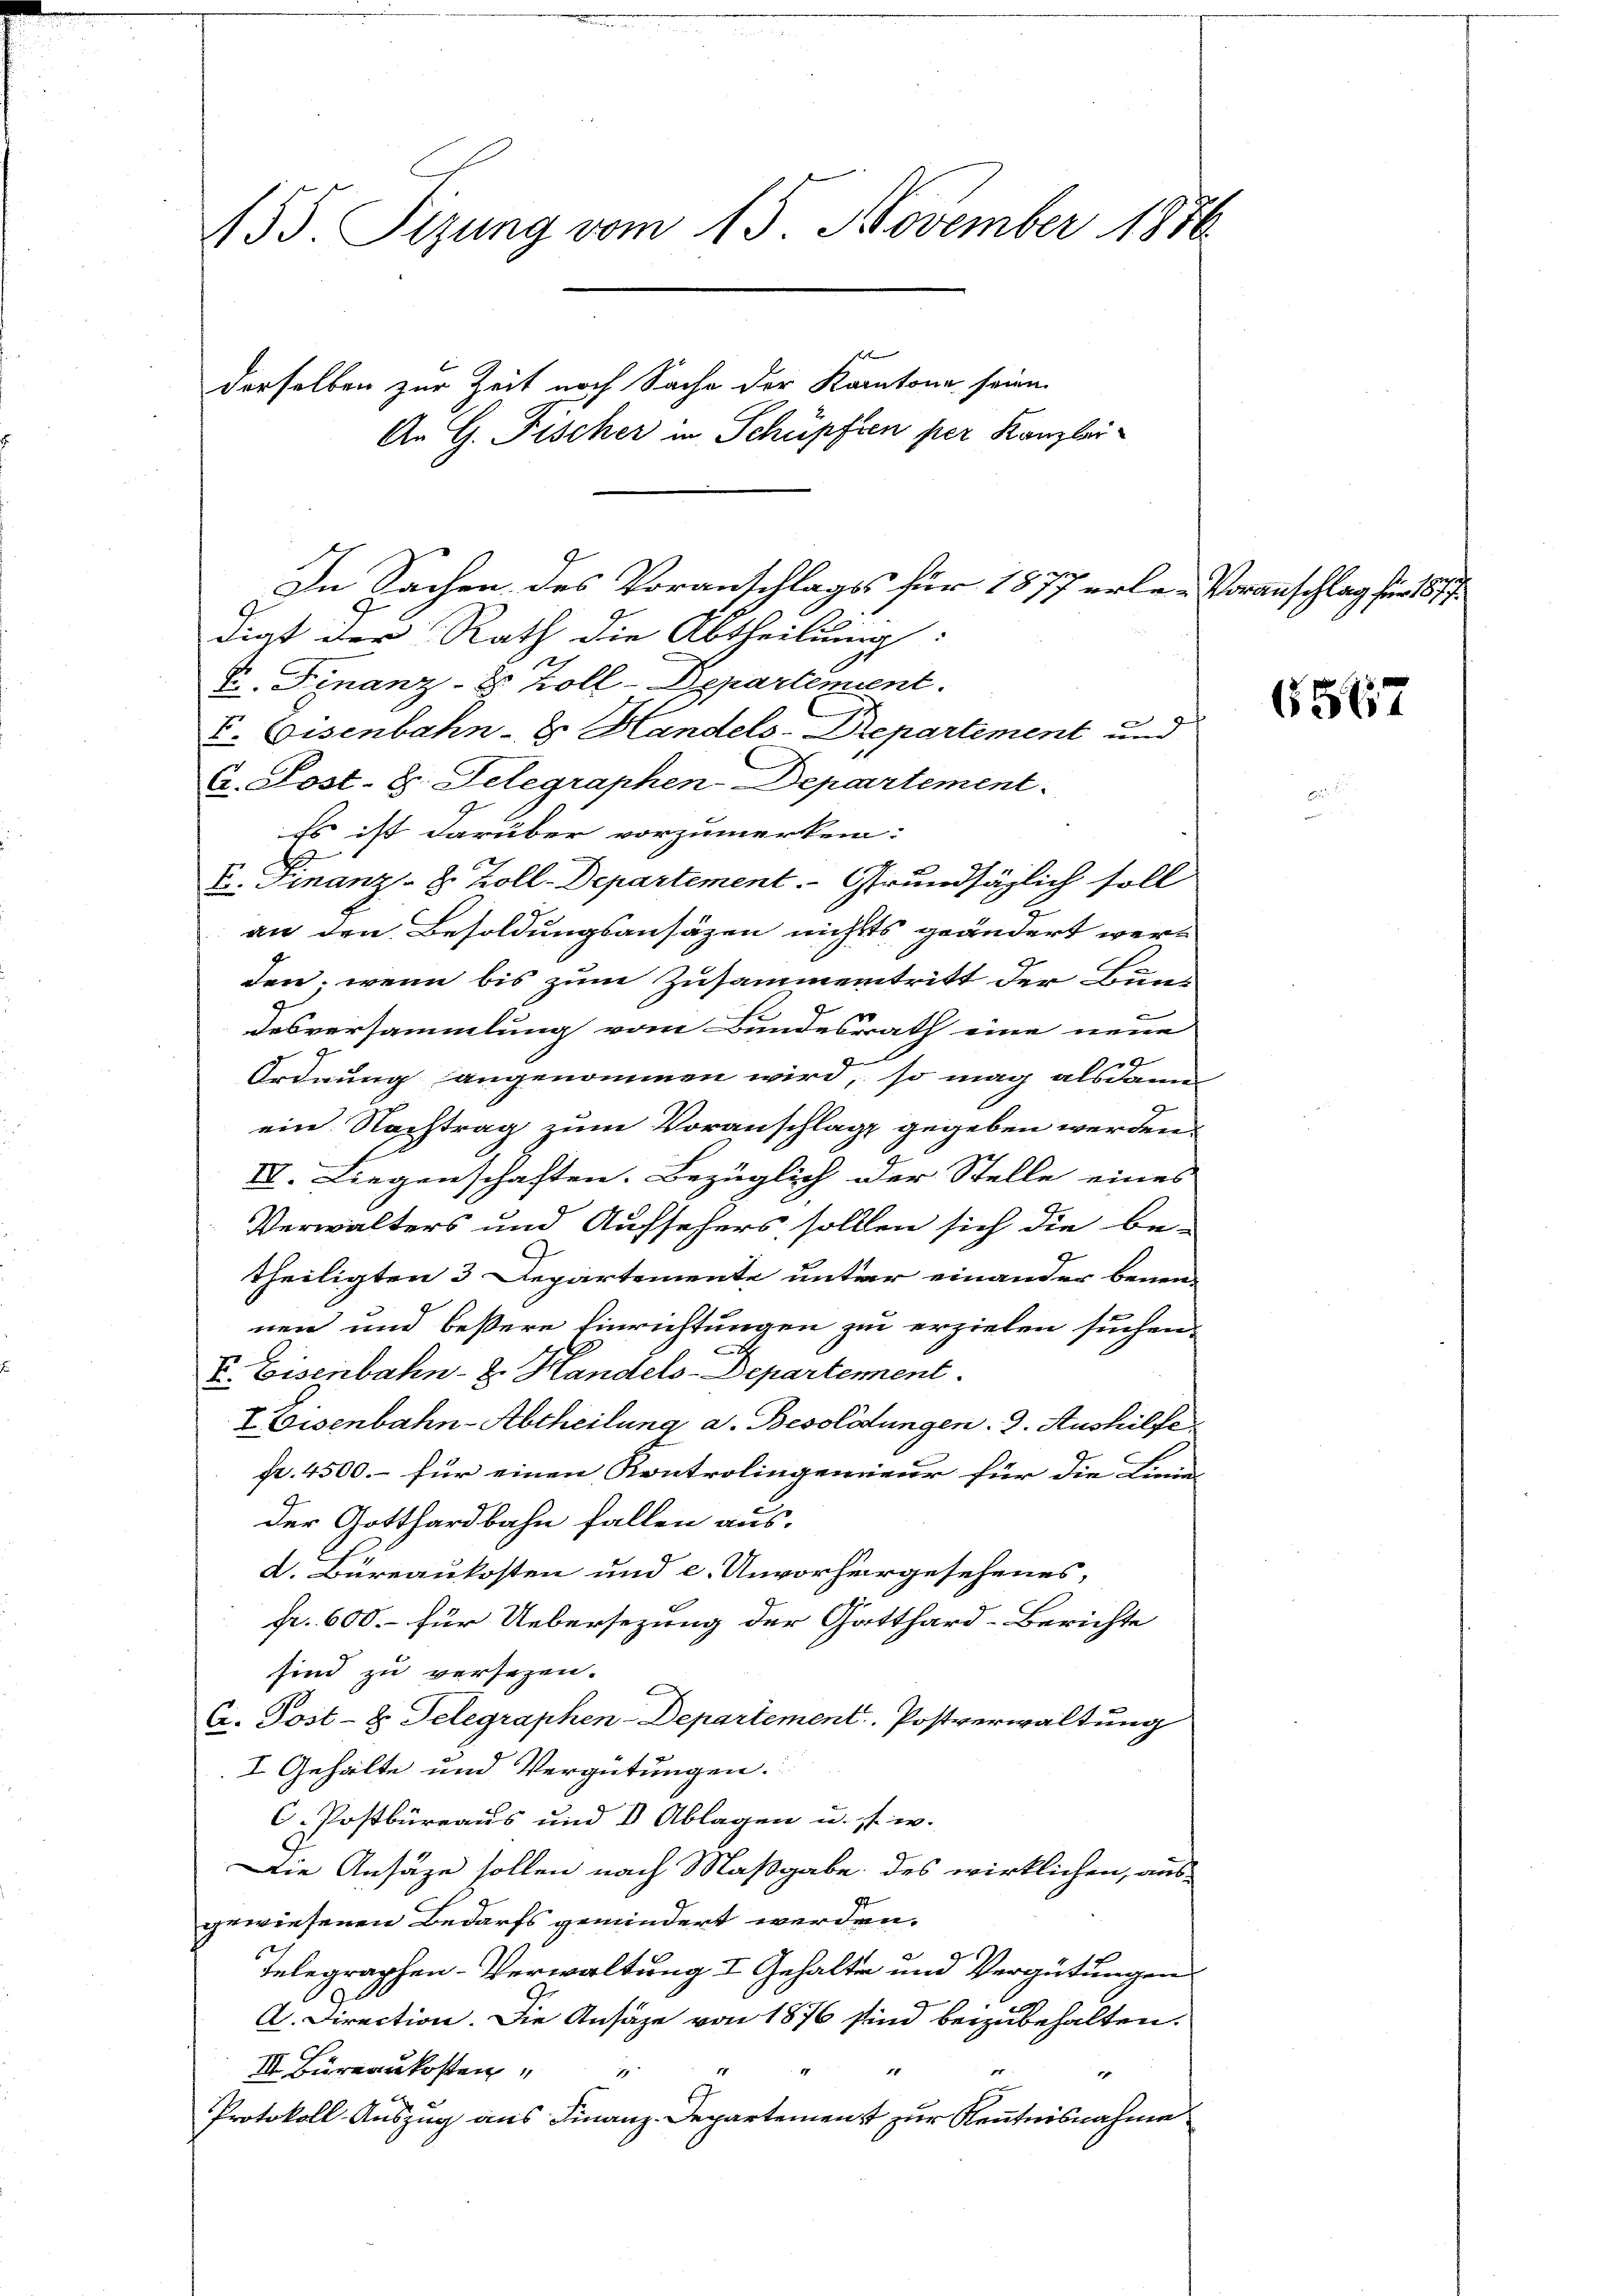
155. Sizung vom 15. November 1876.
derselben zur Zeit noch Sache der Kantone seien
An G. Fischer in Schüpften per Kanzlei¬

In Sachen des Voranschlagss für 1877 erlen Voranschlag für 187
diat der Rath die Abtheilung:
S. Finanz- 8 Zoll-Departement.
V. Eisenbahn- & Handels-Departement und

C. Sost- u. Telegraphen-Departement.
Es ist darüber vorzumerken.
E. Finanz- 2. Zoll-Departement. Grundsäglich soll
an den Besoldungsansätzen nichts geändert werden; wenn bis zum Zusammentritt der Bundesversammlung vom Bundesrath eine neue
9
Ordnung angenommen wird, so mag alsdann
ein Nachtrag zum Voranschlag gegeben werden.
II. Liegenschaften. Bezüglich der Stelle eines
Verwalters und Aufsehers sollen sich die be-
7
theiligten 3 Departemente unter einander benen
nen und bessere Einrichtungen zu erzielen suchen.
3
E. Eisenbahn- 2. Handels-Departement.
I Eisenbahn-Abtheilung a. Besoldungen. 3. Aushilfe
fr. 4500. – für einen Kontrolingenieur für die Linie-
9
der Gotthardbahn fallen aus.
d. Bureaukosten und e. Unvorhergesehenes,
fr. 600. für Uebersezung der Gatthard-Berichte
sind zu versehen.
C. Post- & Gelegraphen-Departement. Postverwaltung
I Gehalte und Vergütungen.
C. Postbüreaus und 8 Ablagen u. s. w.
Die Ansäze sollen nach Maßgabe des wirklichen, aus
gewiesenen Bedarfs gemindert werden.
Telegraphen-Verwaltung I Gehalten und Vergütungen
A. Direction. Die Ansäze von 1876 sind beizubehalten.
III. Büreaukosten
1
e
1
8
Protokoll-Auszug aus Finanz-Departement zur Kenntnisnahme

6567